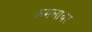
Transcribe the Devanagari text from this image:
कमलावर